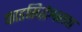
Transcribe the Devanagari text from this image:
काडसिद्धेश्वराचा